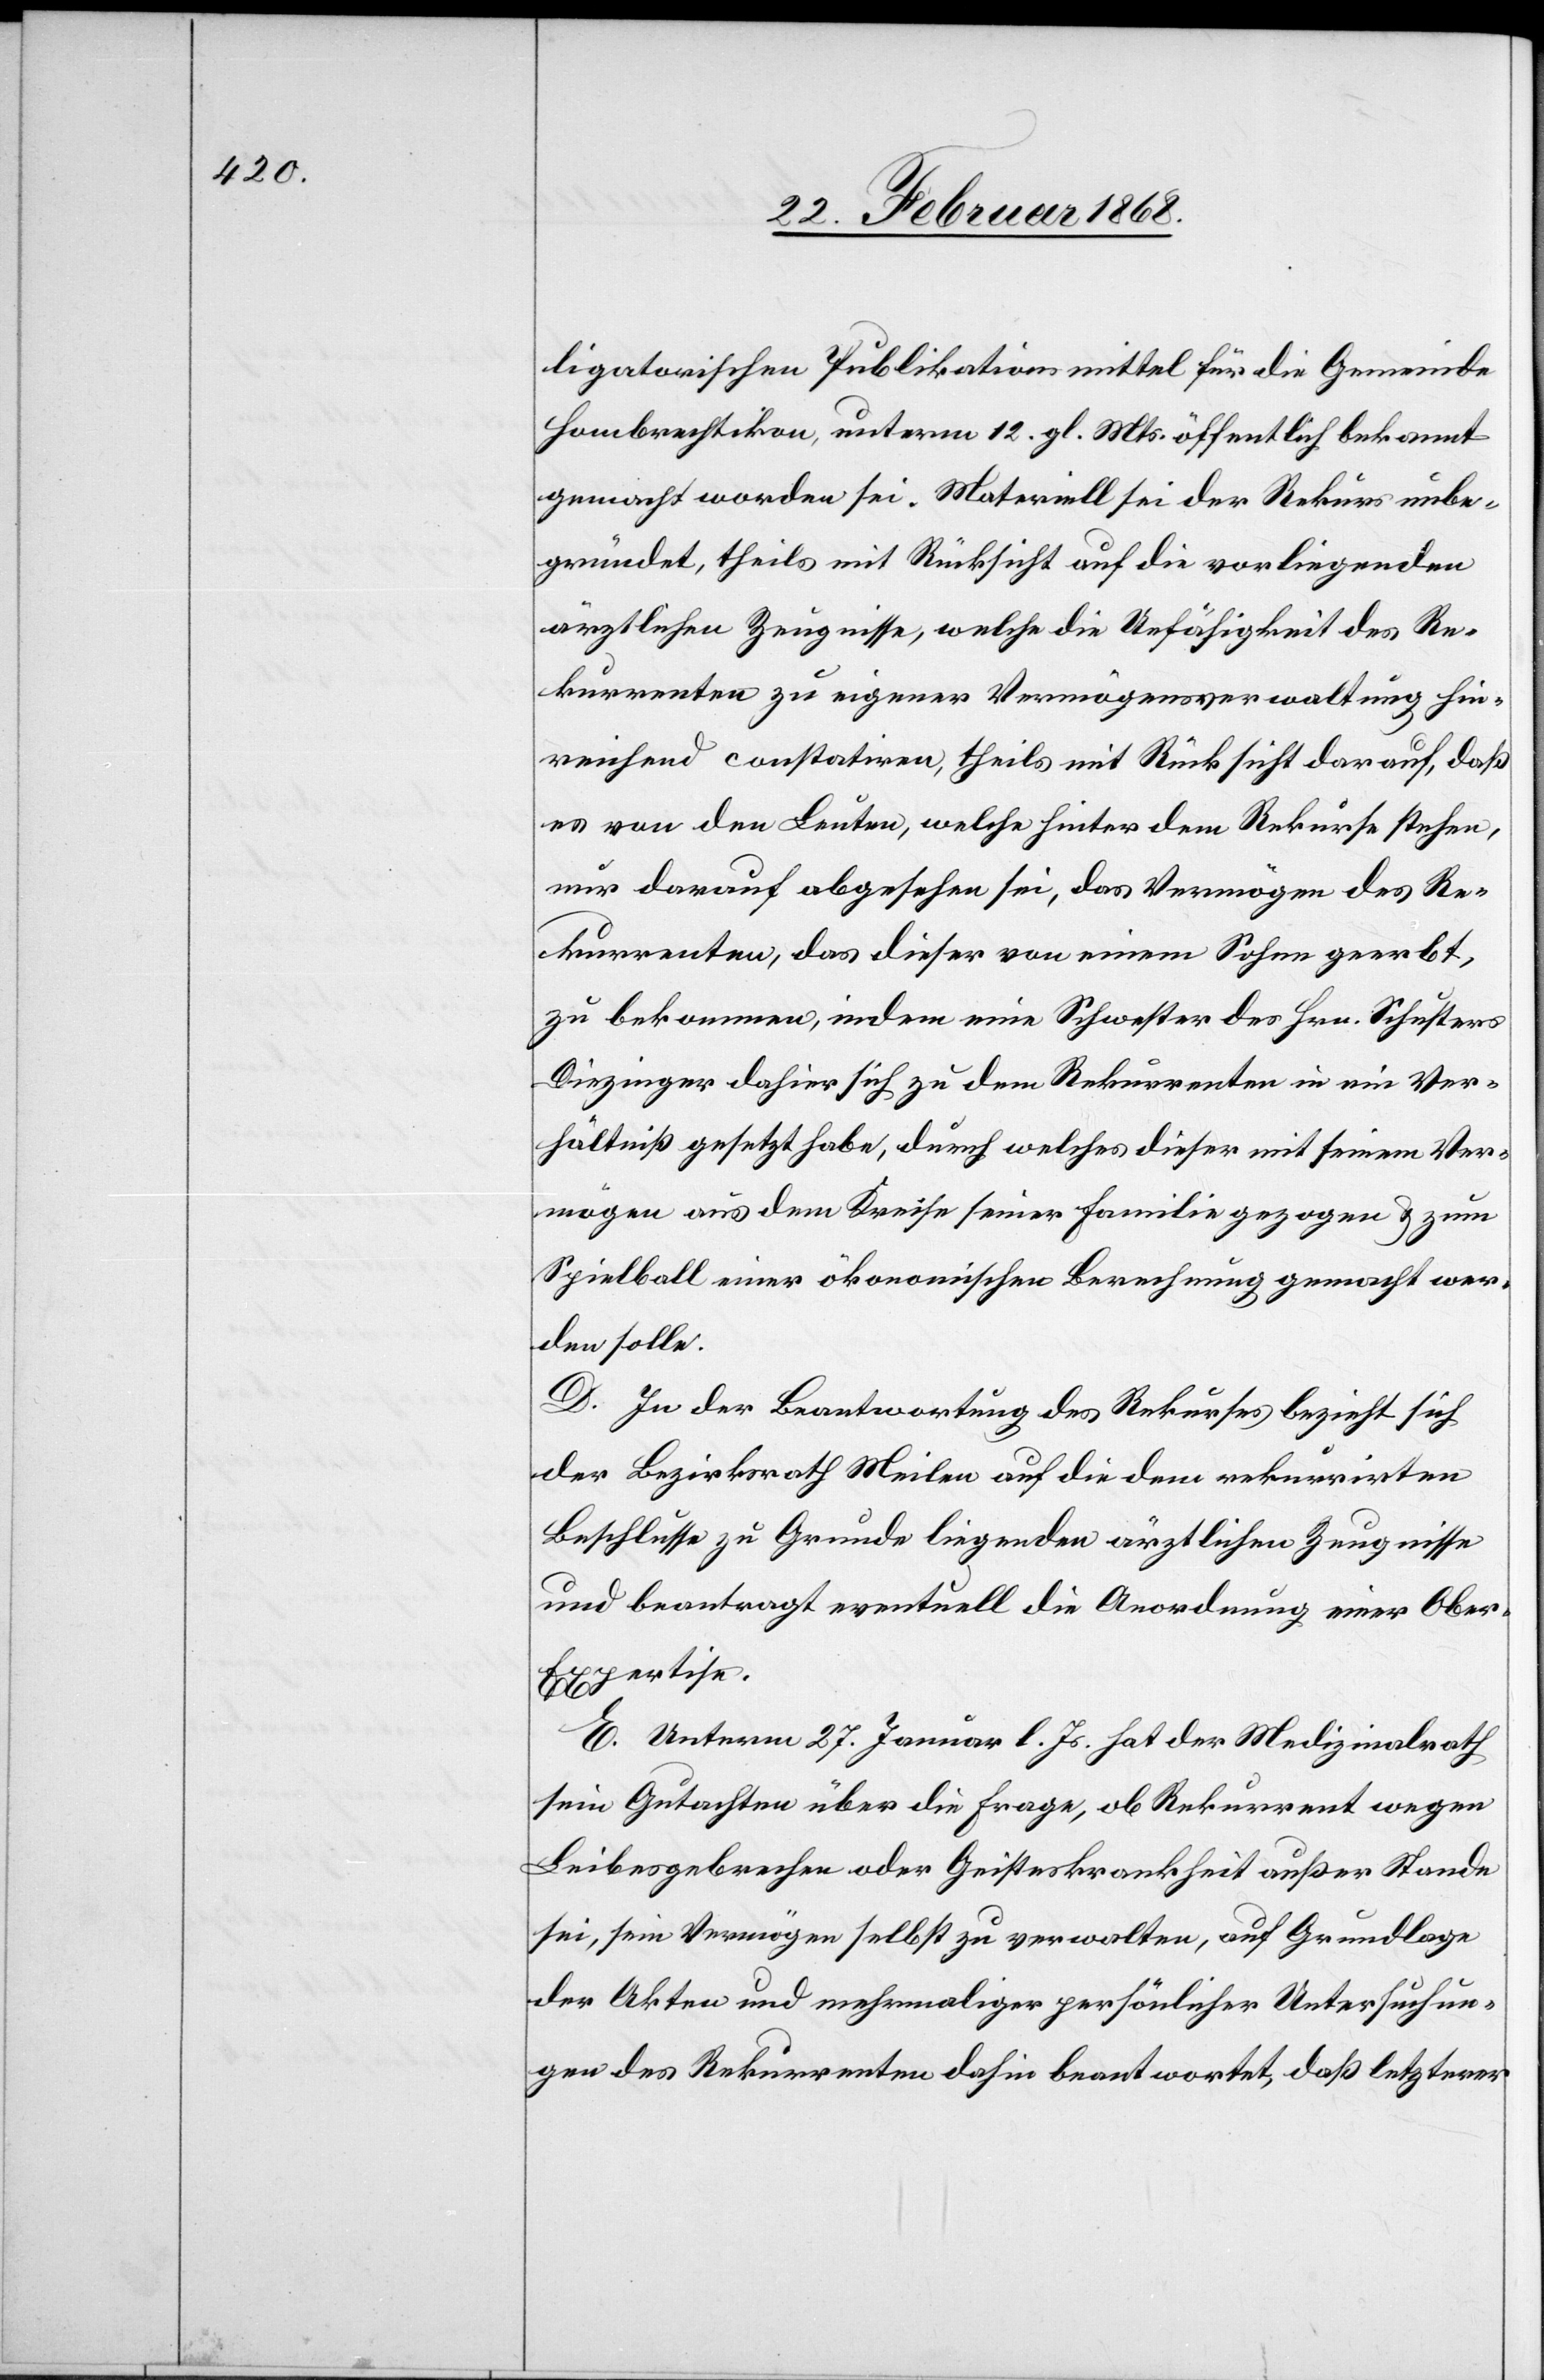
ligatorischen Publikationsmittel für die Gemeinde
Hombrechtikon, unterm 12. gl. Mts. öffentlich bekannt
gemacht worden sei. Materiell sei der Rekurs unbe¬
gründet, theils mit Rücksicht auf die vorliegenden
ärztlichen Zeugnisse, welche die Unfähigkeit des Re¬
kurrenten zu eigener Vermögensverwaltung hin¬
reichend constatiren, theils mit Rücksicht darauf, daß
es von den Leuten, welche hinter dem Rekurse stehen,
nur darauf abgesehen sei, das Vermögen des Re¬
kurrenten, das dieser von einem Sohne geerbt,
zu bekommen, indem eine Schwester des Hrn. Schusters
Diezinger dahier sich zu dem Rekurrenten in ein Ver¬
hältniß gesetzt habe, durch welches dieser mit seinem Ver¬
mögen aus dem Kreise seiner Familie gezogen & zum
Spielball einer ökonomischen Berechnung gemacht wer¬
den solle.
D. In der Beantwortung des Rekurses bezieht sich
der Bezirksrath Meilen auf die dem rekurrirten
Beschluße zu Grunde liegenden ärztlichen Zeugnisse
und beantragt eventuell die Anordnung einer Ober-E¬
xpertise.
E. Unterm 27. Januar l. Js. hat der Medizinalrath
sein Gutachten über die Frage, ob Rekurrent wegen
Leibesgebrechen oder Geisteskrankheit außer Stande
sei, sein Vermögen selbst zu verwalten, auf Grundlage
der Akten und mehrmaliger persönlicher Untersuchun¬
gen des Rekurrenten dahin beantwortet, daß letzterer